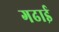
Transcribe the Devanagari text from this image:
गढाई